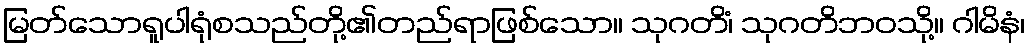
မြတ်သောရူပါရုံစသည်တို့၏တည်ရာဖြစ်သော။ သုဂတိံ၊ သုဂတိဘဝသို့။ ဂါမိနံ၊